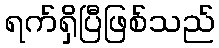
ရက်ရှိပြီဖြစ်သည်